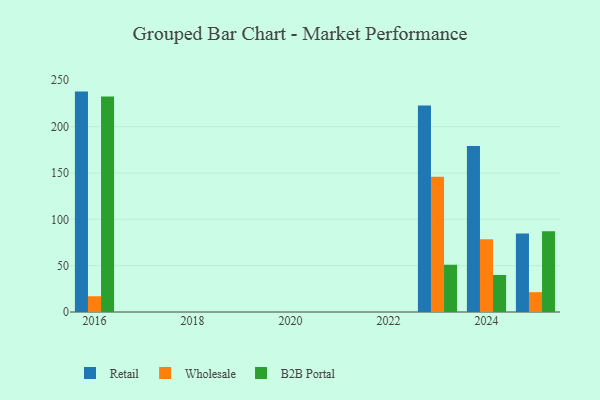
{"axis": {"x": "Year", "y": "Latency (ms)"}, "legend": ["B2B Portal", "Retail", "Wholesale"], "data": [{"x": "2025", "y": 84.7, "type": "Retail"}, {"x": "2025", "y": 21.4, "type": "Wholesale"}, {"x": "2025", "y": 87.0, "type": "B2B Portal"}, {"x": "2024", "y": 179.1, "type": "Retail"}, {"x": "2024", "y": 78.6, "type": "Wholesale"}, {"x": "2024", "y": 39.9, "type": "B2B Portal"}, {"x": "2023", "y": 222.8, "type": "Retail"}, {"x": "2023", "y": 145.8, "type": "Wholesale"}, {"x": "2023", "y": 51.0, "type": "B2B Portal"}, {"x": "2016", "y": 237.8, "type": "Retail"}, {"x": "2016", "y": 17.0, "type": "Wholesale"}, {"x": "2016", "y": 232.6, "type": "B2B Portal"}]}